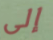
إلى